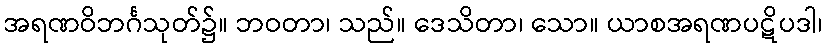
အရဏဝိဘင်္ဂသုတ်၌။ ဘဝတာ၊ သည်။ ဒေသိတာ၊ သော။ ယာစအရဏပဋိပဒါ၊